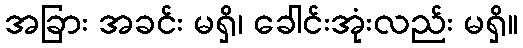
အခြား အခင်း မရှိ၊ ခေါင်းအုံးလည်း မရှိ။